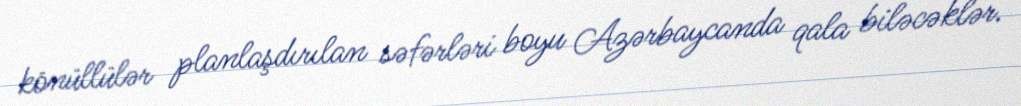
könüllülər planlaşdırılan səfərləri boyu Azərbaycanda qala biləcəklər.